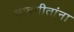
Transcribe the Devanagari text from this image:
भावगीतांना